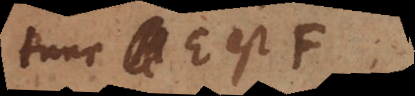
tunc E est F.